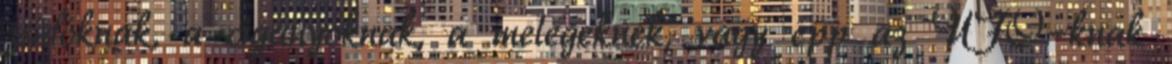
zsidóknak, a cigányoknak, a melegeknek, vagy épp az UFÓ-knak